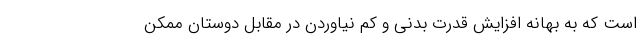
است که به بهانه افزایش قدرت بدنی و کم نیاوردن در مقابل دوستان ممکن